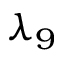
\lambda _ { 9 }